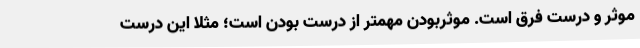
موثر و درست فرق است. موثربودن مهمتر از درست بودن است؛ مثلا این درست